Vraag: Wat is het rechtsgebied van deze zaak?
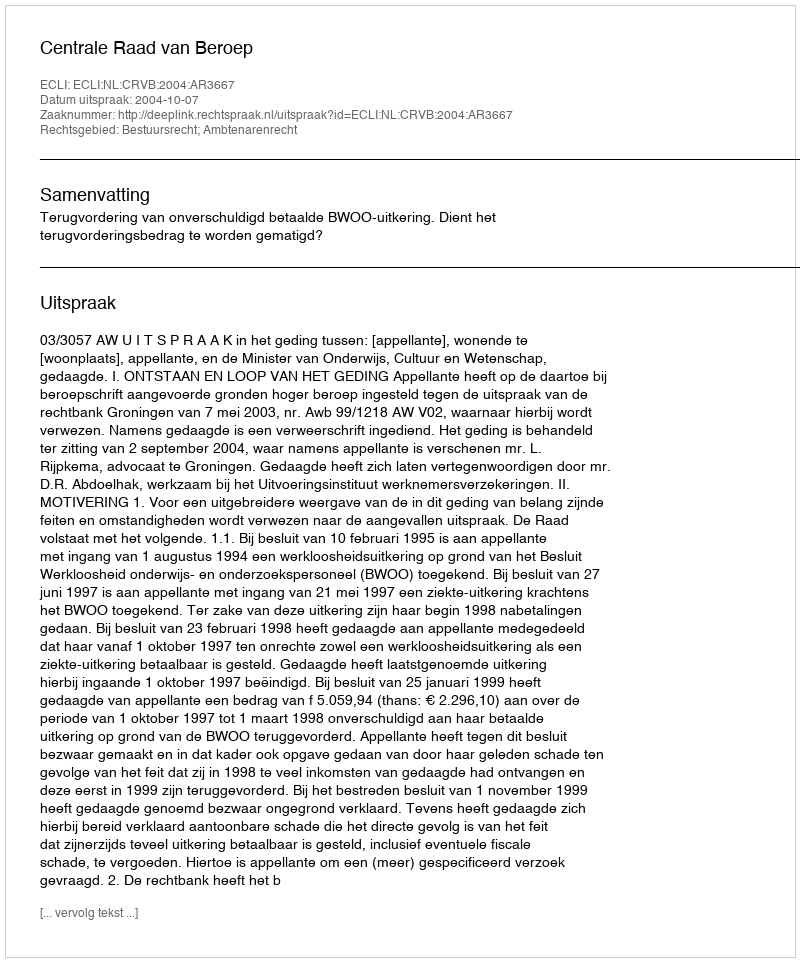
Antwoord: Bestuursrecht; Ambtenarenrecht